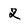
Character: 2